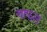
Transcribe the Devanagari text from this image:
चाफल